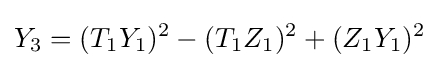
Y_{3}=(T_{1}Y_{1})^{2}-(T_{1}Z_{1})^{2}+(Z_{1}Y_{1})^{2}